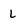
Character: L